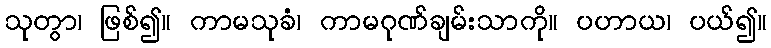
သုတွာ၊ ဖြစ်၍။ ကာမသုခံ၊ ကာမဂုဏ်ချမ်းသာကို။ ပဟာယ၊ ပယ်၍။